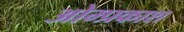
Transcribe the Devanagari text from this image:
ओम्प्रकाश